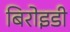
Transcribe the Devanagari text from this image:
बिरोइडी